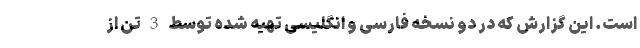
است. این گزارش که در دو نسخه فارسی و انگلیسی تهیه شده توسط 3 تن از